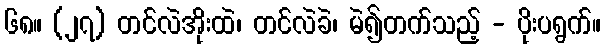
၆၈။ (၂၇) တင်လဲအိုးထဲ၊ တင်လဲခဲ၊ မဲ၍တက်သည့် - ပိုးပရွက်။